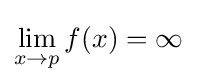
\lim _{x\to p}{f(x)}=\infty